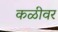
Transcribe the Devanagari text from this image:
कळीवर